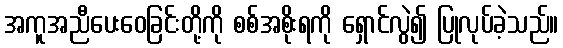
အကူအညီပေးဝေခြင်းတို့ကို စစ်အစိုးရကို ရှောင်လွဲ၍ ပြုလုပ်ခဲ့သည်။